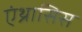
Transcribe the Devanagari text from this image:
एंथ्रासिस